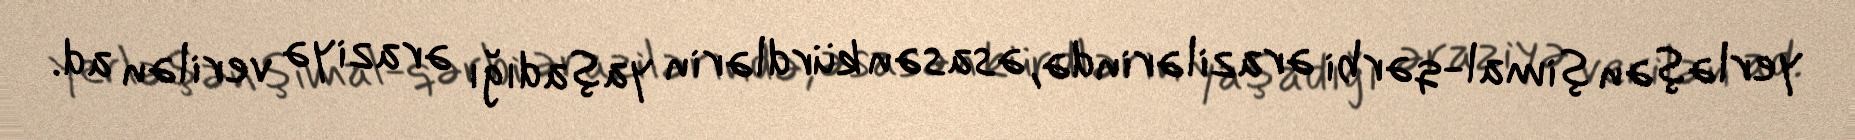
yerləşən şimal-qərbi ərazilərində, əsasən kürdlərin yaşadığı əraziyə verilən ad.